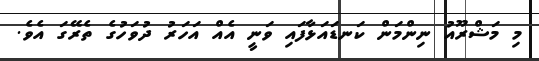
މި މަޝްރޫއު ނިންމަން ކަނޑައަޅާފައި ވަނީ އެއް އަހަރު ދުވަހުގެ ތެރޭގަ އެވެ.